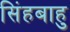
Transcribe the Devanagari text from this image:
सिंहबाहु